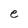
Character: e